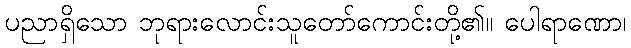
ပညာရှိသော ဘုရားလောင်းသူတော်ကောင်းတို့၏။ ပေါရာဏော၊